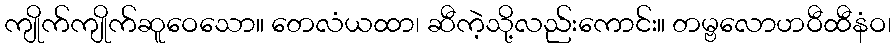
ကျိုက်ကျိုက်ဆူဝေသော။ တေလံယထာ၊ ဆီကဲ့သို့လည်းကောင်း။ တမ္ဗလောဟဝီထီနံဝ၊